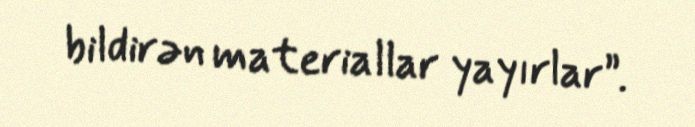
bildirən materiallar yayırlar”.